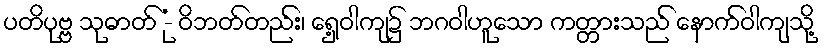
ပတိပုဗ္ဗ သုဓာတ် -ုံ ဝိဘတ်တည်း၊ ရှေ့ဝါကျ၌ ဘဂဝါဟူသော ကတ္တားသည် နောက်ဝါကျသို့